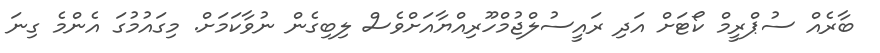
ބާރެއް ސުޕްރީމް ކޯޓަށް އަދި ރައީސުލްޖުމްހޫރިއްޔާއަށްވެސް ލިބިގެން ނުވާކަމަށް. މިގައުމުގަ އެންމެ ގިނަ